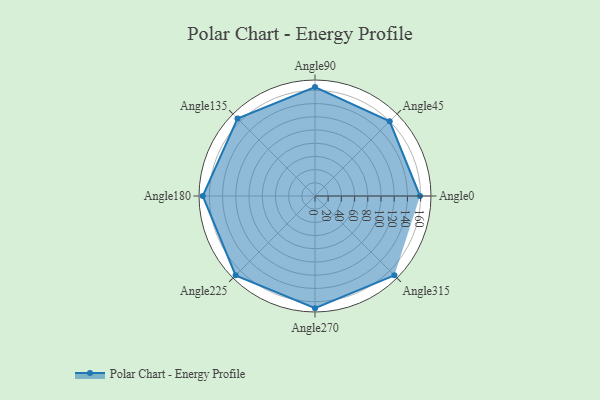
{"axis": {"x": "Angle", "y": "Radius"}, "legend": [""], "data": [{"x": "Angle0", "y": 159.0, "type": ""}, {"x": "Angle45", "y": 160.0, "type": ""}, {"x": "Angle90", "y": 165.0, "type": ""}, {"x": "Angle135", "y": 166.0, "type": ""}, {"x": "Angle180", "y": 170, "type": ""}, {"x": "Angle225", "y": 170, "type": ""}, {"x": "Angle270", "y": 170, "type": ""}, {"x": "Angle315", "y": 170, "type": ""}]}